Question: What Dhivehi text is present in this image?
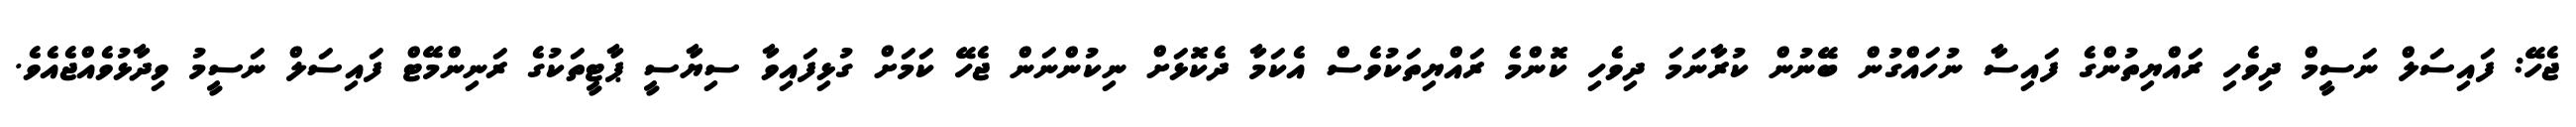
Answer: ޖެހޭ: ފައިސަލް ނަސީމް ދިވެހި ރައްޔިތުންގެ ފައިސާ ނުހައްގުން ބޭނުން ކުރާނަމަ ދިވެހި ކޮންމެ ރައްޔިތަކުވެސް އެކަމާ ދެކޮޅަށް ނިކުންނަން ޖެހޭ ކަމަށް ގުޅިފައިވާ ސިޔާސީ ޕާޓީތަކުގެ ރަނިންމޭޓް ފައިސަލް ނަސީމު ވިދާޅުވެއްޖެއެވެ.